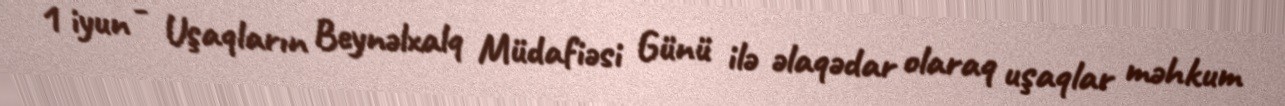
1 iyun - Uşaqların Beynəlxalq Müdafiəsi Günü ilə əlaqədar olaraq uşaqlar məhkum